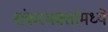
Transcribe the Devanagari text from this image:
शंकरभक्तांमध्ये